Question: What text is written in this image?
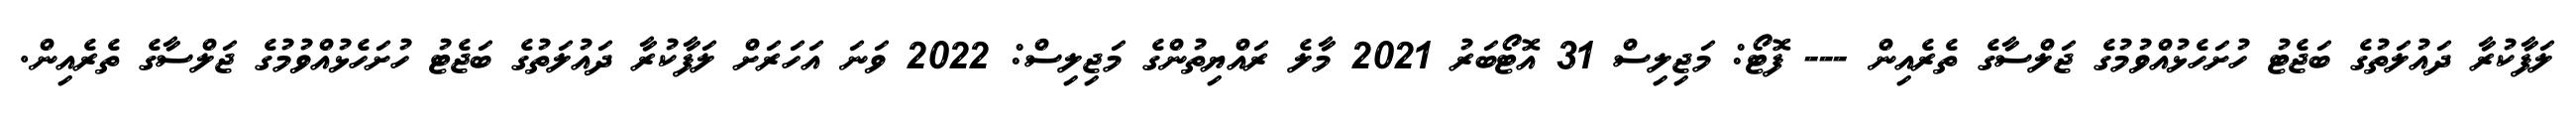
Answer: ލަފާކުރާ ދައުލަތުގެ ބަޖެޓު ހުށަހެޅުއްވުމުގެ ޖަލްސާގެ ތެރެއިން --- ފޮޓޯ: މަޖިލިސް 31 އޮޓޯބަރު 2021 މާލެ ރައްޔިތުންގެ މަޖިލިސް: 2022 ވަނަ އަހަރަށް ލަފާކުރާ ދައުލަތުގެ ބަޖެޓު ހުށަހެޅުއްވުމުގެ ޖަލްސާގެ ތެރެއިން.